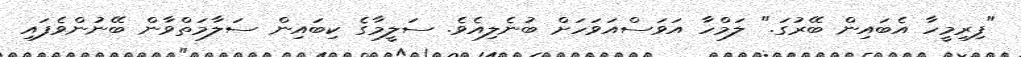
"ފިރިމީހާ އެބައިން ބޭރުގަ." ލަމްހާ އަވަސްއަވަހަށް ބުނެލިއެވެ. ސަލީމާގެ ކިބައިން ސަލާމަތްވާން ބޭނުންވެފައި